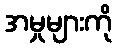
အမှုများကို